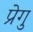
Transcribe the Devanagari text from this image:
प्रेगु